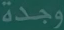
وجدة